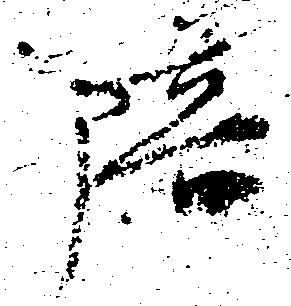
倍